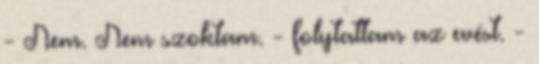
- Nem. Nem szoktam. - folytattam az evést. -